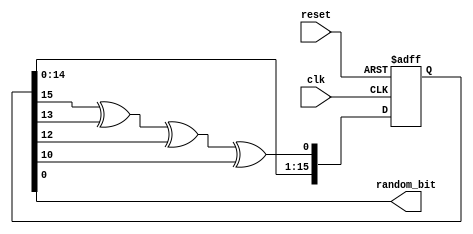
// This program was cloned from: https://github.com/ccattuto/tt07-conway-term
// License: Apache License 2.0

module lfsr_rng(
    input wire clk,
    input wire reset,
    output wire random_bit // Output only the last bit
);

  reg [15:0] lfsr_reg; // Internal LFSR register
  wire feedback;

  // XOR the feedback taps; positions are 16, 14, 13, and 11
  assign feedback = lfsr_reg[15] ^ lfsr_reg[13] ^ lfsr_reg[12] ^ lfsr_reg[10];
  assign random_bit = lfsr_reg[0]; // Output the LSB of the LFSR

  always @(posedge clk or posedge reset) begin
    if (reset) begin
      // Set to a non-zero seed value when reset
      lfsr_reg <= 16'b0001; // Non-zero seed
    end else begin
      // Shift left by one, then bring in the new feedback bit
      lfsr_reg <= {lfsr_reg[14:0], feedback};
    end
  end

endmodule